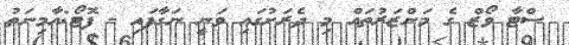
ސްޓާ ވޯޒް ގެ މަންޒަރުތައް މި ދެރަށުގައި ވަނީ ނަގާފައި - ފޮޓޯ:އާމިނަތު